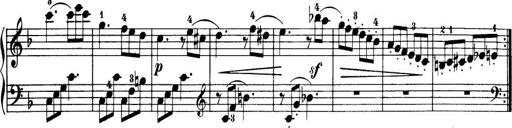
Title: 32 Sonatinas and Rondos for the Piano
Composer: Richard Kleinmichel